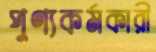
পুণ্যকর্মকারী